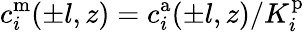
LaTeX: c_{i}^{\mathrm{m}}(\pm l,z)=c_{i}^{\mathrm{a}}(\pm l,z)/K_{i}^{\mathrm{p}}